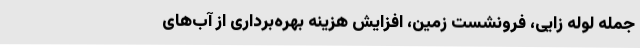
جمله لوله زایی، فرونشست زمین، افزایش هزینه بهره‌برداری از آب‌های